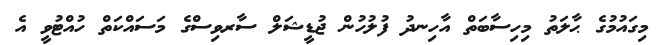
މިގައުމުގެ ޙާލަތު މިހިސާބަތް އާހިނދު ފުލުހުން ޖުޑީޝަލް ސާރވިސްގެ މަސައްކަތް ހުއްޓުވީ އެ